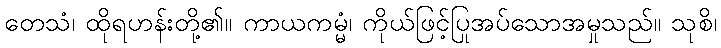
တေသံ၊ ထိုရဟန်းတို့၏။ ကာယကမ္မံ၊ ကိုယ်ဖြင့်ပြုအပ်သောအမှုသည်။ သုစိ၊